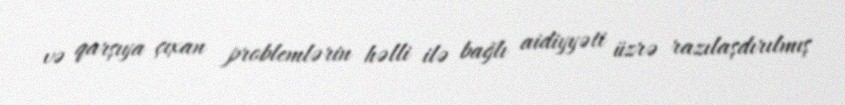
və qarşıya çıxan problemlərin həlli ilə bağlı aidiyyəti üzrə razılaşdırılmış